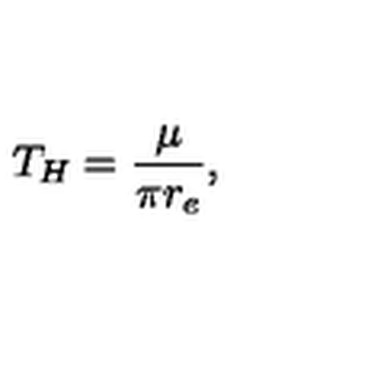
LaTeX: T _ { H } = \frac { \mu } { \pi r _ { e } } ,